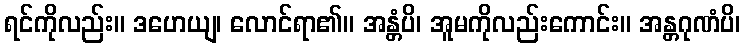
ရင်ကိုလည်း။ ဒဟေယျ၊ လောင်ရာ၏။ အန္တံပိ၊ အူမကိုလည်းကောင်း။ အန္တဂုဏံပိ၊